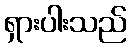
ရှားပါးသည်